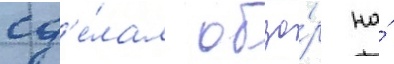
сд'е́лал обзо́р на́